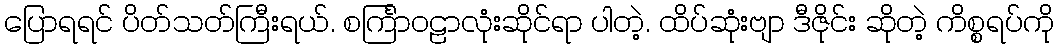
ပြောရရင် ပိတ်သတ်ကြီးရယ်. စင်္ကြာဝဠာလုံးဆိုင်ရာ ပါတဲ့. ထိပ်ဆုံးဗျာ ဒီဇိုင်း ဆိုတဲ့ ကိစ္စရပ်ကို